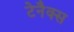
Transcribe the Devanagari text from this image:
टेनैक्स